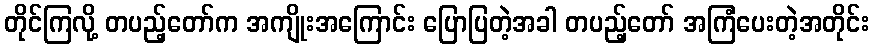
တိုင်ကြလို့ တပည့်တော်က အကျိုးအကြောင်း ပြောပြတဲ့အခါ တပည့်တော် အကြံပေးတဲ့အတိုင်း